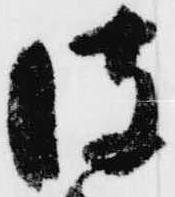
彼